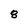
Character: 8